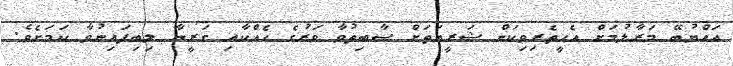
އައްޔުބޭ މަރާލުމަށް އެހީތެރިވިކަން ޝަރީއަތަށް ސާބިތުވާ ވަރުގެ ހެއްކާއި ގަރީނާ ލިބިފައިނުވާ ކަމަށެވެ.